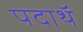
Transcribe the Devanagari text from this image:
पदाथॅ